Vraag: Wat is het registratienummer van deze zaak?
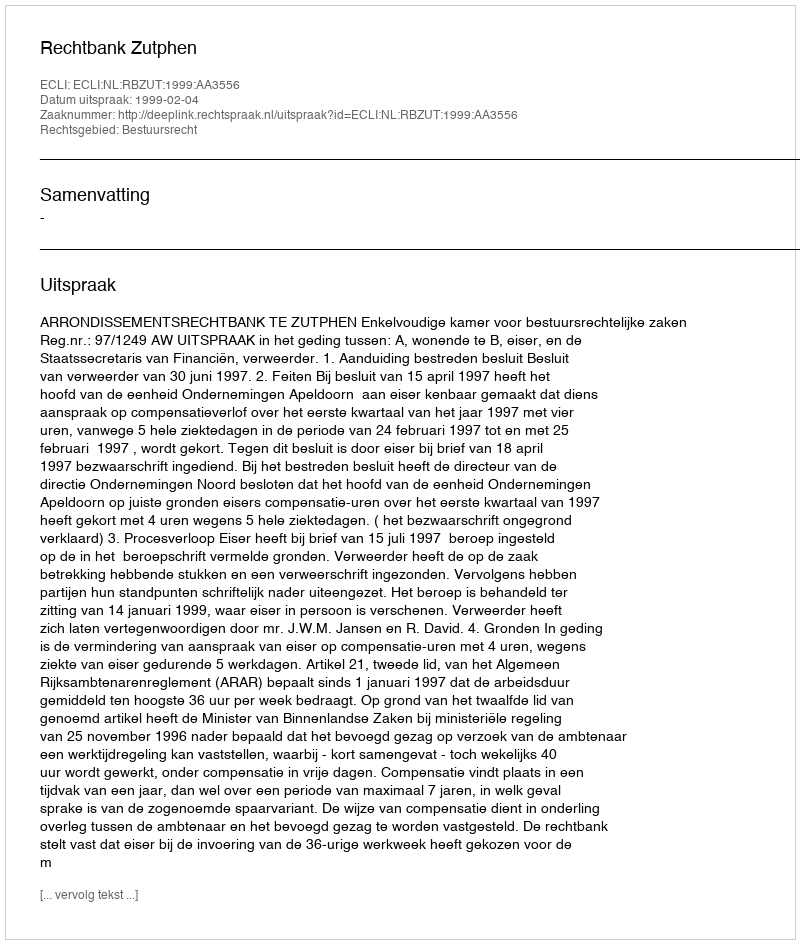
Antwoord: http://deeplink.rechtspraak.nl/uitspraak?id=ECLI:NL:RBZUT:1999:AA3556